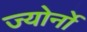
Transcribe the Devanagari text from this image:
ज्योर्नो